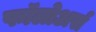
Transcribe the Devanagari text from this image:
फॉलोअर्स